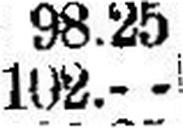
102.—